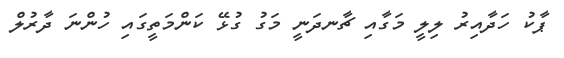
ޕާކު ހަދާއިރު ލިލީ މަގާއި ޗާނދަނީ މަގު ގުޅޭ ކަންމަތީގައި ހުންނަ ދާރުލް